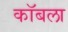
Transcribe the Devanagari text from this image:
कॉबला